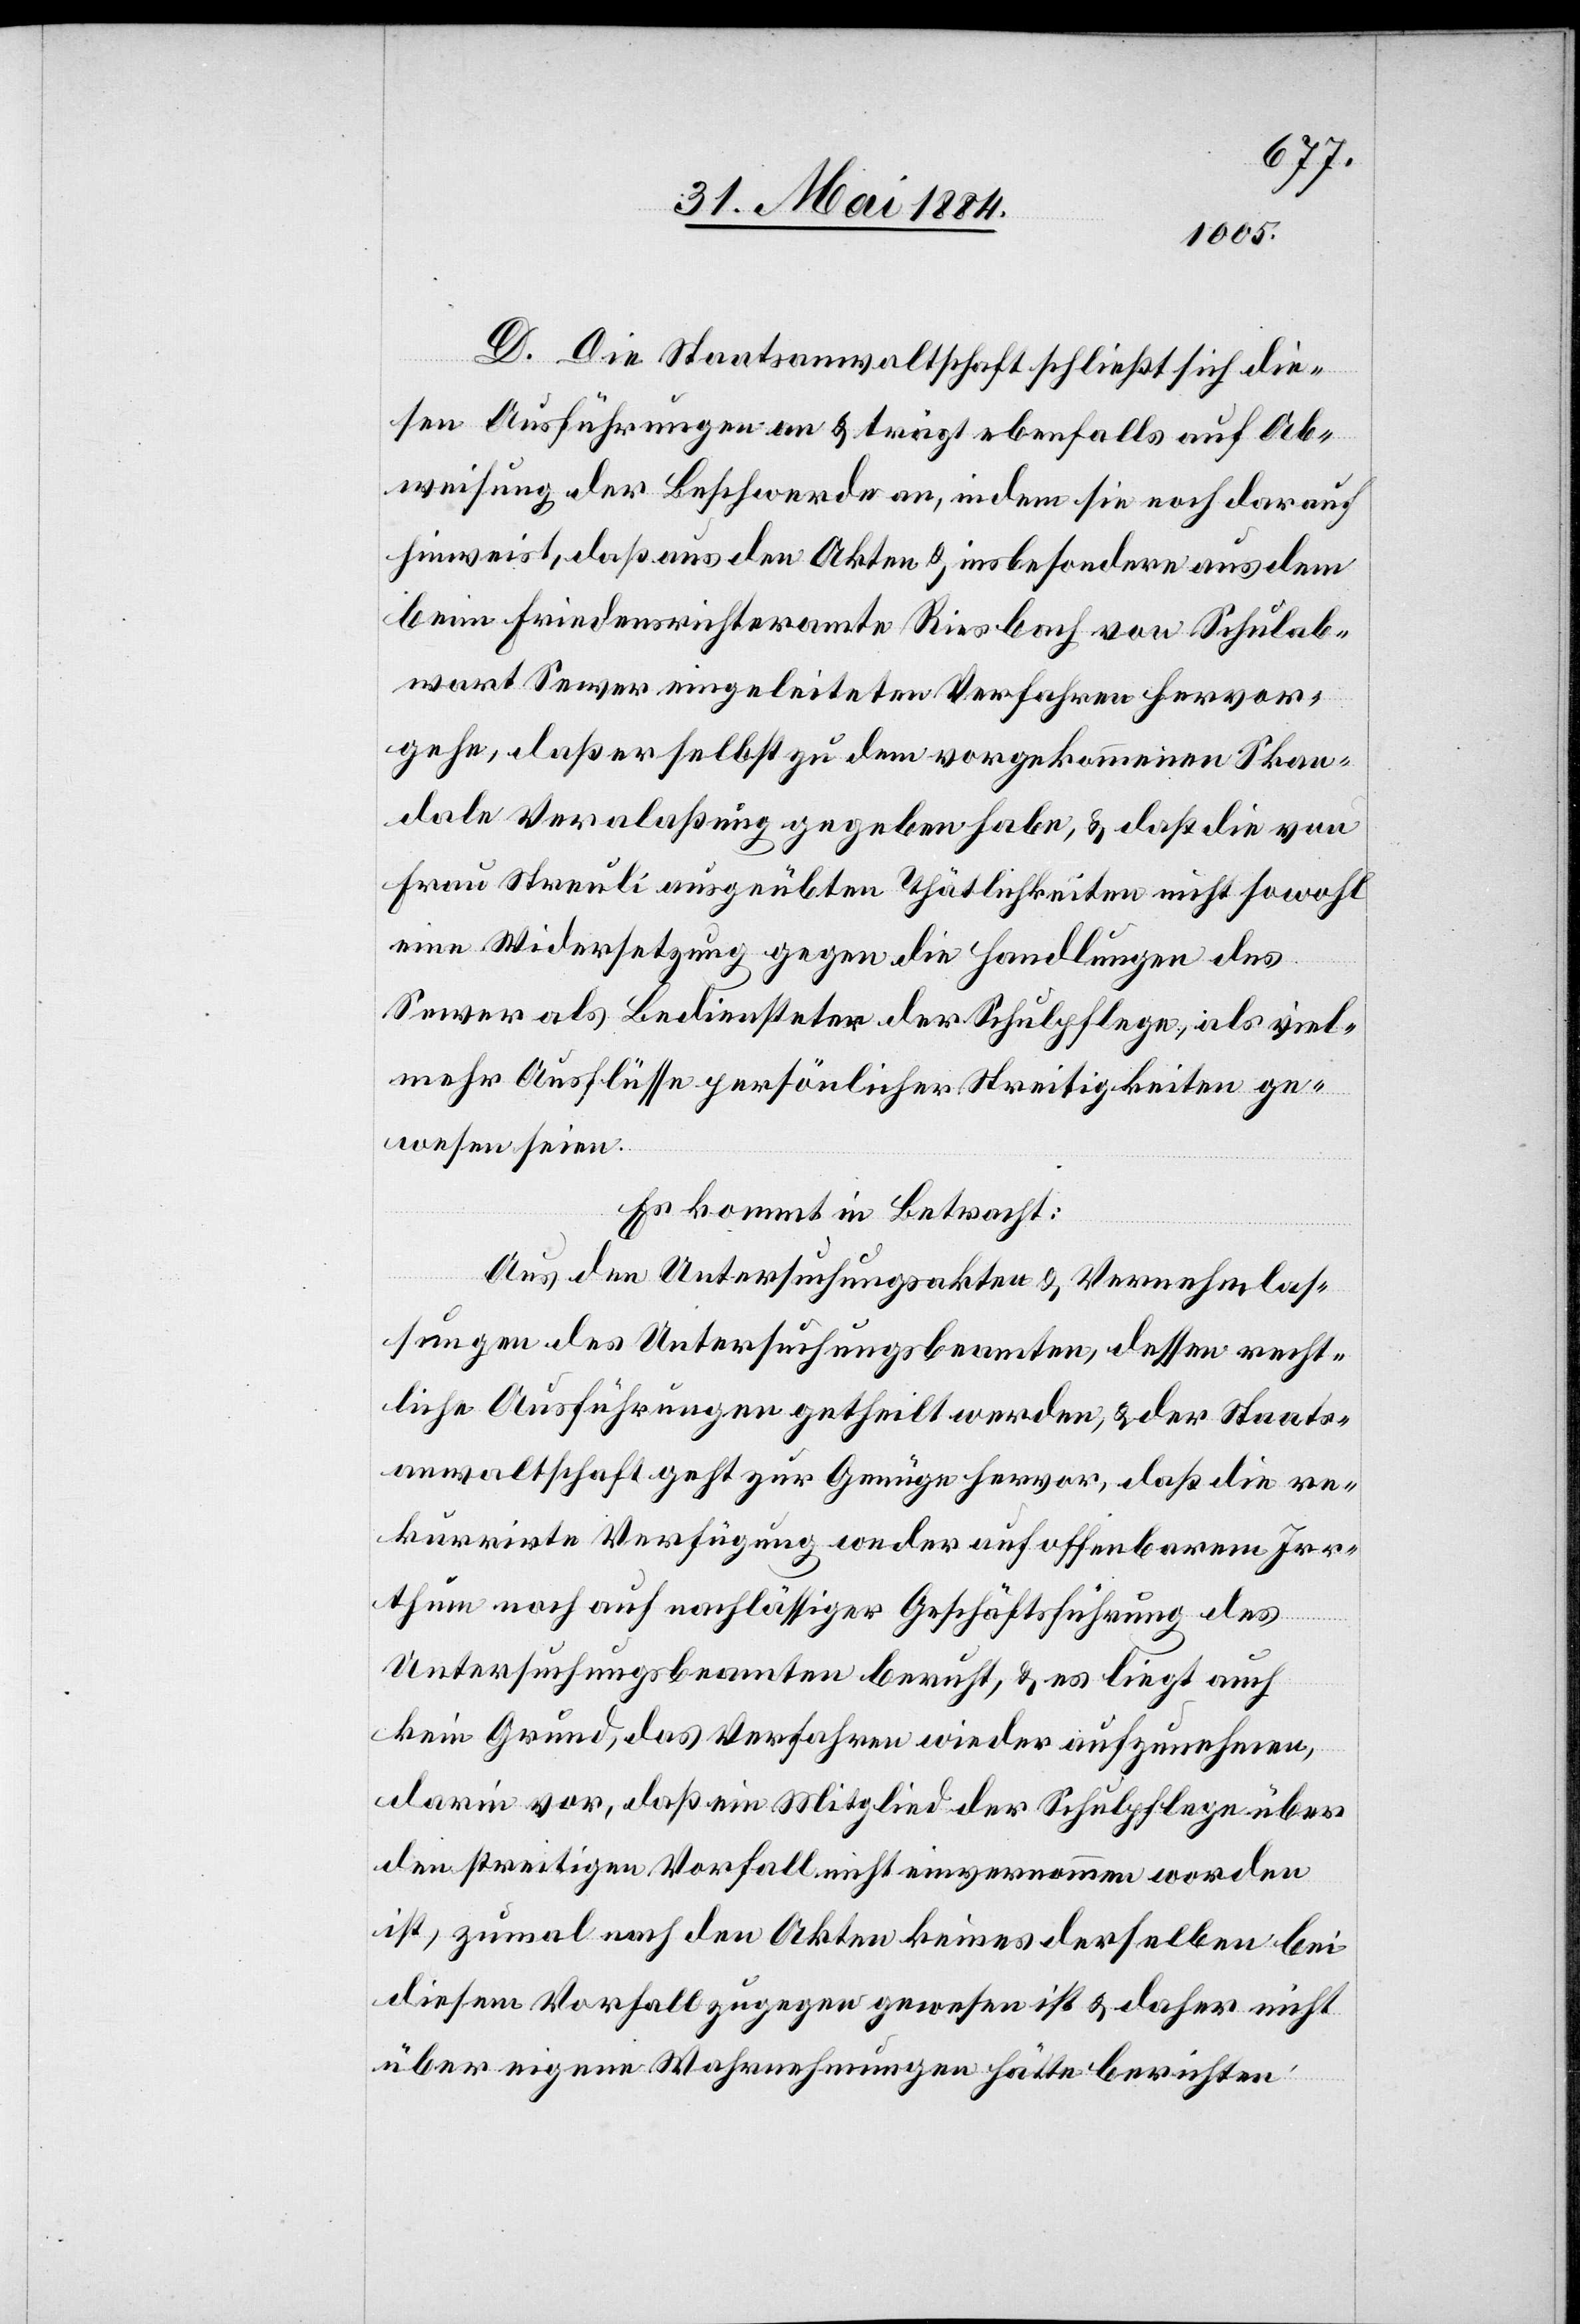
D. Die Staatsanwaltschaft schließt sich die¬
sen Ausführungen an & trägt ebenfalls auf Ab¬
weisung der Beschwerde an, indem sie noch darauf
hinweist, daß aus den Akten & insbesondere aus dem
beim Friedensrichteramte Riesbach von Schulab¬
wart Sewer eingeleitete Verfahren hervor¬
gehe, daß er selbst zu dem vorgekommenen Skan¬
dale Vera[n]laßung gegeben habe, & daß die von
Frau Streuli ausgeübten Thätlichkeiten nicht sowohl
eine Widersetzung gegen die Handlungen des
Sewer als Bediensteter der Schulpflege, als viel¬
mehr Ausflüsse persönlicher Streitigkeiten ge¬
wesen seien.
Es kommt in Betracht:
Aus den Untersuchungsakten & Vernehmlas¬
sungen des Untersuchungsbeamten, dessen recht¬
liche Ausführungen getheilt werden, & der Staats¬
anwaltschaft geht zur Genüge hervor, daß die re¬
kurrirte Verfügung weder auf offenbarem Irr¬
thum noch auf nachlässiger Geschäftsführung des
Untersuchungsbeamten beruht, & es liegt auch
Grund vor, daß ein Mitglied der Schulpflege über
den streitigen Vorfall nicht einvernommen worden
ist, zumal nach den Akten keines derselben bei
diesem Vorfall zugegen gewesen ist & daher nicht
über eigene Wahrnehmungen hätte berichten